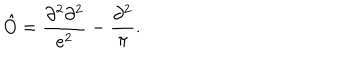
LaTeX: \hat { O } = \frac { \partial ^ { 2 } \partial ^ { 2 } } { e ^ { 2 } } - \frac { \partial ^ { 2 } } { \pi } .